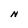
Character: N